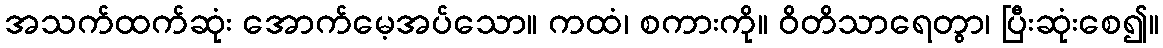
အသက်ထက်ဆုံး အောက်မေ့အပ်သော။ ကထံ၊ စကားကို။ ဝိတိသာရေတွာ၊ ပြီးဆုံးစေ၍။